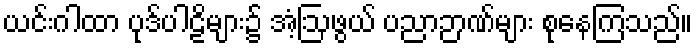
ယင်းဂါထာ ပုဒ်ပါဠိများ၌ အံ့ဩဖွယ် ပညာဉာဏ်များ စုနေကြသည်။